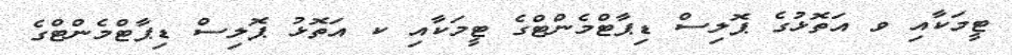
ޓީމަކާއި ވ އަތޮޅުގެ ޕޮލިސް ޑިޕާޓްމެންޓްގެ ޓީމަކާއި ކ އަތޮޅު ޕޮލިސް ޑިޕާޓްމެންޓްގެ